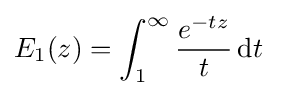
E_{1}(z)=\int _{1}^{\infty }{\frac {e^{-tz}}{t}}\,{\rm {d}}t~